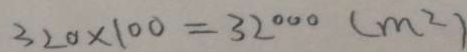
3 2 0 \times 1 0 0 = 3 2 0 0 0 ( m ^ { 2 } )